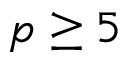
p \ge 5